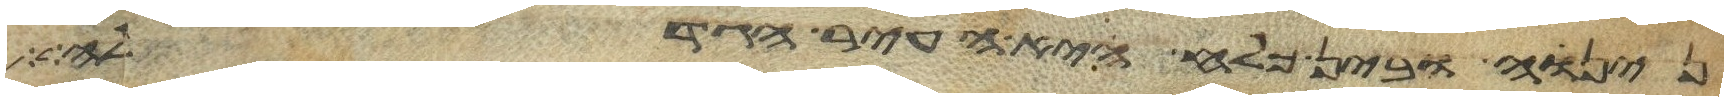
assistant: נינוה ובין כלח היא העיר הגדלה